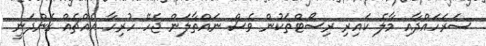
ސަރަހައްދާއި މާލެ ކައިރި ރިސޯޓްތަކުން ވެސް ނައްތާލަން ޖެހޭ ހުރިހާ އެއްޗެއް ގެންދަނީ